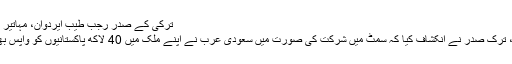
ترکی کے صدر رجب طیب ایردوان، مہاتیر محمد اور حسن روحانی
ڈیلی صباح کے مطابق، ترک صدر نے انکشاف کیا کہ سمٹ میں شرکت کی صورت میں سعودی عرب نے اپنے ملک میں 40 لاکھ پاکستانیوں کو واپس بھجوانے کی دھمکی دی۔